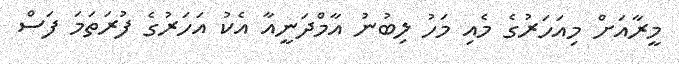
މީރާއަށް މިއަހަރުގެ މެއި މަހު ލިބުނު އާމްދަނީއާ އެކު އަހަރުގެ ފުރަތަމަ ފަސް